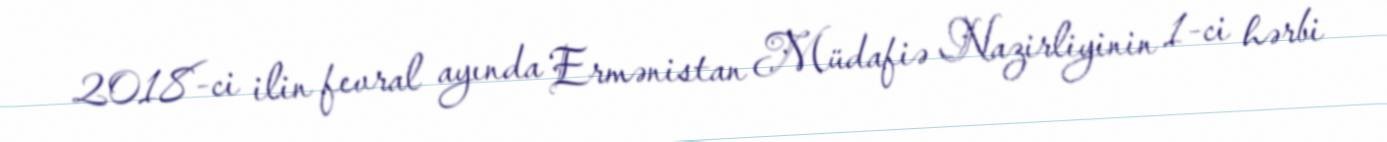
2018-ci ilin fevral ayında Ermənistan Müdafiə Nazirliyinin 1-ci hərbi